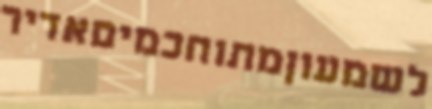
לשמעוןמתוחכמיםאדיר